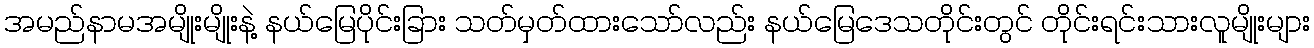
အမည်နာမအမျိုးမျိုးနဲ့ နယ်မြေပိုင်းခြား သတ်မှတ်ထားသော်လည်း နယ်မြေဒေသတိုင်းတွင် တိုင်းရင်းသားလူမျိုးများ